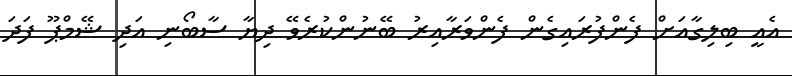
އެއީ ބިލިގާއަށް ފެންފުރައިގެން ފެންވަރާއިރު ބޭނުންކުރެވޭ ދިޔާ ސާބޯނި އަދި ޝޭމްޕޫ ފަދަ